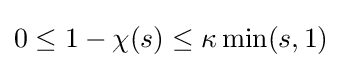
0\leq 1-\chi (s)\leq \kappa \min(s,1)